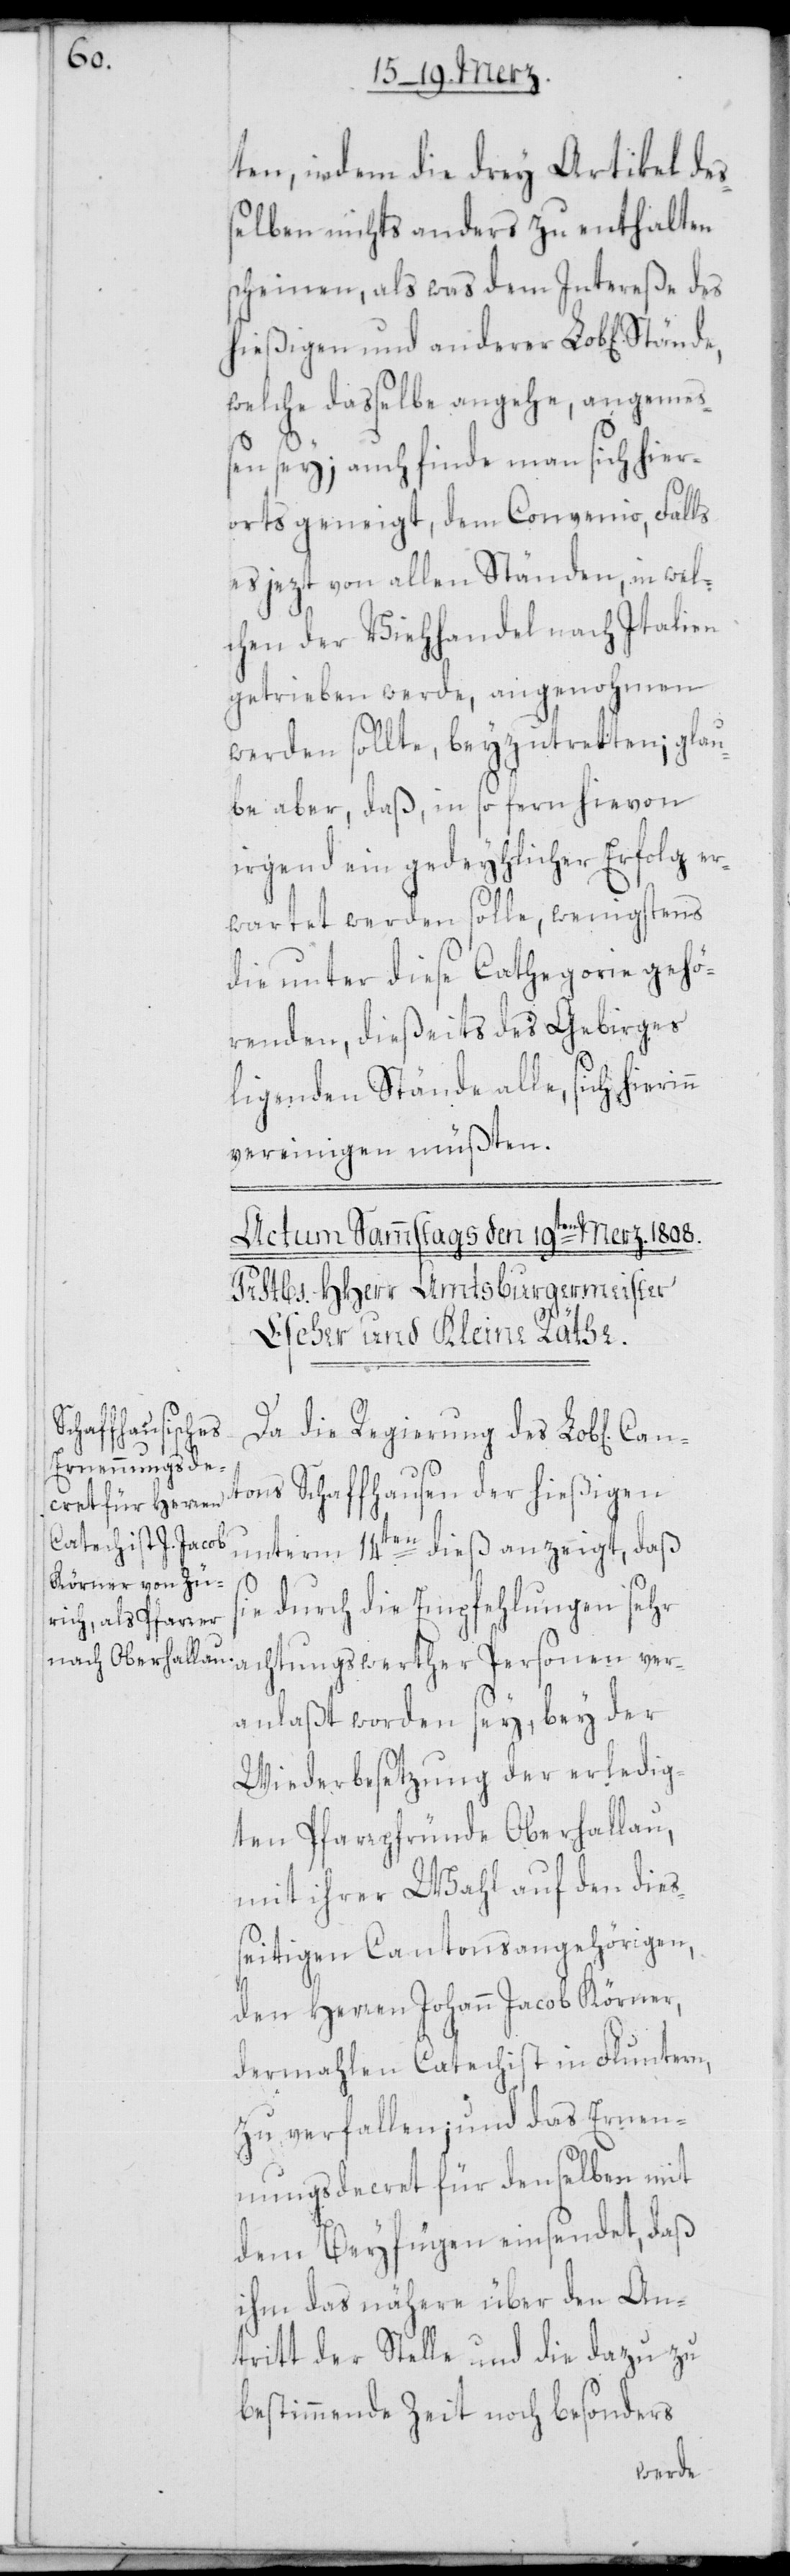
Can¬

ten, indem die drey Artikel de¬
ßelben nichts anders zu enthalten
scheinen, als was dem Intereße des
hießigen und anderer Lob[lichen]
welche dasselbe angehe, angemeß¬
en sey; auch finde man sich hier¬
orts geneigt, dem Convenio, Falls
es jezt von allen Ständen, in wel¬
chen der Viehhandel nach Italien
getrieben werde, angenohmen
werden sollte, beyzutretten; glau¬
be aber, daß in so fern hievon
irgend ein gedeyhlicher Erfolg er¬
wartet werden solle, wenigstens
die unter diese Cathegorie gehö¬
renden, dießeits des Gebirges
ligenden Stände alle, sich hierin¬
vereinigen müßten.
n
Da die Regierung des Lob[lichen]
tons Schaffhausen der hießigen
unterm 14ten dieß anzeigt, daß
durch die Empfehlungen sehr
achtungswerther Personen ver¬
anlaßt worden sey, bey der
Wiederbesetzung der erledig¬
ten Pfarrpfünde Oberhallau,
mit ihrer Wahl auf den dieß¬
eitigen Cantonsangehörigen,
den Herren Johann Jacob Körner,
dermahlen Catechist in Fluntern,
zu verfallen; und das Ernen¬
nungsdecret für denselben mit
dem Beyfügen einsendet, daß
ihm das nähere über den An¬
tritt der Stelle und die dazu zu
bestimmende Zeit noch besonders